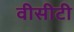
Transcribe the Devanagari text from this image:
वीसीटी